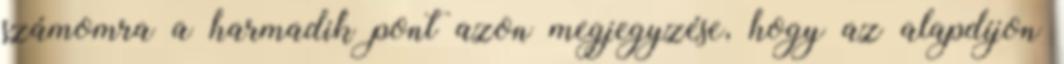
számomra a harmadik pont azon megjegyzése, hogy az alapdíjon